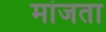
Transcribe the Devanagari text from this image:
मांजता